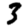
Digit: 3